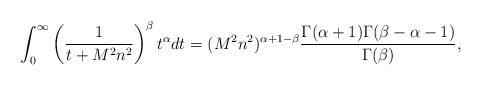
\begin{align*} \int_0^\infty\left(\frac{1}{t+M^2n^2}\right)^\beta t^\alpha dt=(M^2n^2)^{\alpha+1-\beta} \frac{\Gamma(\alpha+1)\Gamma(\beta-\alpha-1)}{\Gamma(\beta)},\end{align*}